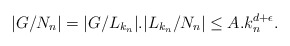
\begin{align*}|G/N_n|=|G/L_{k_n}|.|L_{k_n}/N_n|\leq A.k_n^{d+\epsilon}.\end{align*}